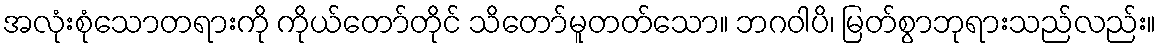
အလုံးစုံသောတရားကို ကိုယ်တော်တိုင် သိတော်မူတတ်သော။ ဘဂဝါပိ၊ မြတ်စွာဘုရားသည်လည်း။